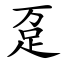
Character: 趸